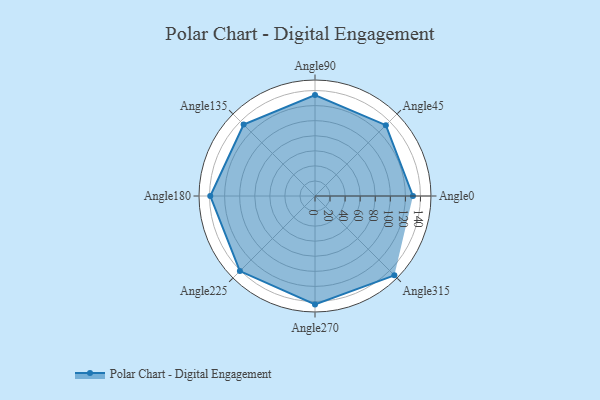
{"axis": {"x": "Angle", "y": "Radius"}, "legend": [""], "data": [{"x": "Angle0", "y": 130.0, "type": ""}, {"x": "Angle45", "y": 133.0, "type": ""}, {"x": "Angle90", "y": 134.0, "type": ""}, {"x": "Angle135", "y": 134.0, "type": ""}, {"x": "Angle180", "y": 139.0, "type": ""}, {"x": "Angle225", "y": 141.0, "type": ""}, {"x": "Angle270", "y": 144.0, "type": ""}, {"x": "Angle315", "y": 149.0, "type": ""}]}